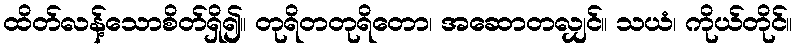
ထိတ်လန့်သောစိတ်ရှိ၍။ တုရိတတုရိတော၊ အဆောတလျှင်။ သယံ၊ ကိုယ်တိုင်။